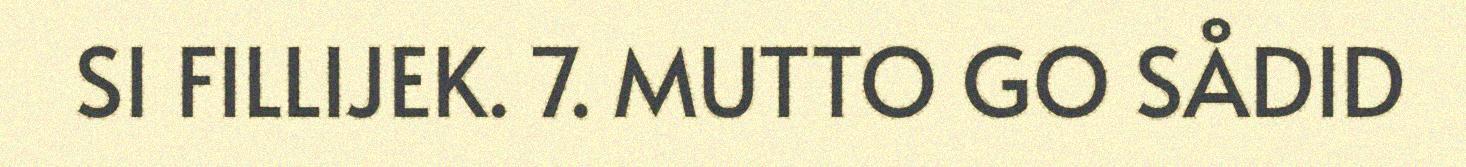
SI FILLIJEK. 7. MUTTO GO SÅDID